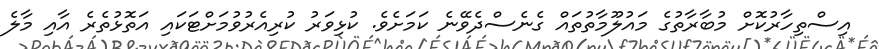
އިސްތިހާރުކޮށް މުބާރާތުގެ މައުލޫމާތުތައް ގެނެސްދެވޭނެ ކަމަށެވެ. ކުޅިވަރު ކުރިއެރުވުމަށްޓަކައި އަތޮޅުތެރެ އާއި މާލެ